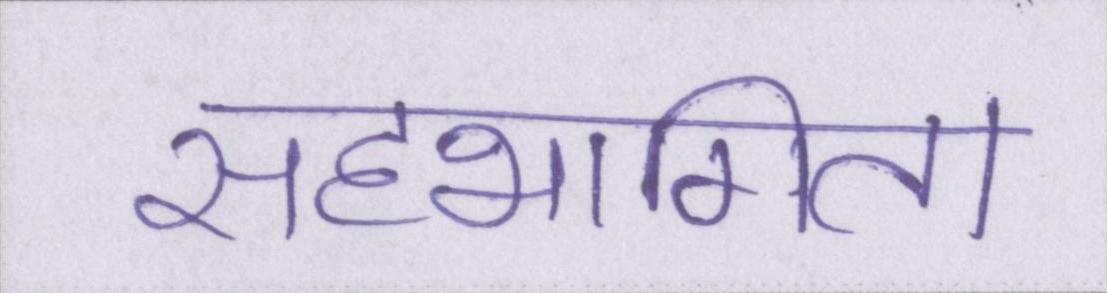
सहभागिता